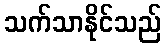
သက်သာနိုင်သည်